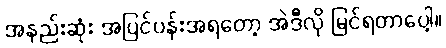
အနည်းဆုံး အပြင်ပန်းအရတော့ အဲဒီလို မြင်ရတာပေါ့။